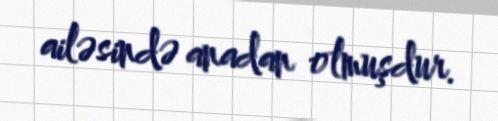
ailəsində anadan olmuşdur.